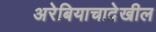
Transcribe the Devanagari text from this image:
अरेबियाचादेखील